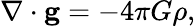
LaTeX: \nabla\cdot\mathbf{g}=-4\pi G\rho,